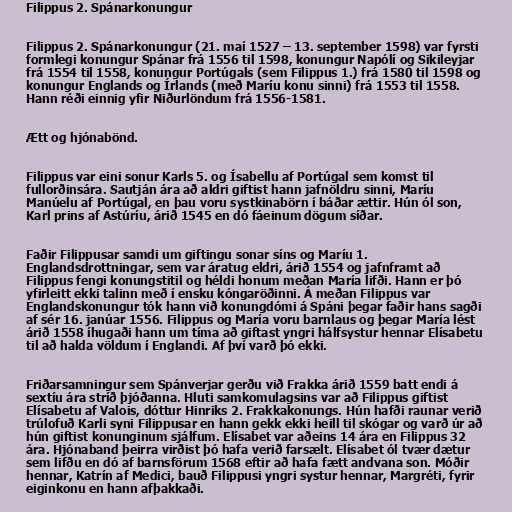
Filippus 2. Spánarkonungur

Filippus 2. Spánarkonungur (21. maí 1527 – 13. september 1598) var fyrsti
formlegi konungur Spánar frá 1556 til 1598, konungur Napólí og Sikileyjar
frá 1554 til 1558, konungur Portúgals (sem Filippus 1.) frá 1580 til 1598 og
konungur Englands og Írlands (með Maríu konu sinni) frá 1553 til 1558.
Hann réði einnig yfir Niðurlöndum frá 1556-1581.

Ætt og hjónabönd.

Filippus var eini sonur Karls 5. og Ísabellu af Portúgal sem komst til
fullorðinsára. Sautján ára að aldri giftist hann jafnöldru sinni, Maríu
Manúelu af Portúgal, en þau voru systkinabörn í báðar ættir. Hún ól son,
Karl prins af Astúríu, árið 1545 en dó fáeinum dögum síðar.

Faðir Filippusar samdi um giftingu sonar síns og Maríu 1.
Englandsdrottningar, sem var áratug eldri, árið 1554 og jafnframt að
Filippus fengi konungstitil og héldi honum meðan María lifði. Hann er þó
yfirleitt ekki talinn með í ensku kóngaröðinni. Á meðan Filippus var
Englandskonungur tók hann við konungdómi á Spáni þegar faðir hans sagði
af sér 16. janúar 1556. Filippus og María voru barnlaus og þegar María lést
árið 1558 íhugaði hann um tíma að giftast yngri hálfsystur hennar Elísabetu
til að halda völdum í Englandi. Af því varð þó ekki.

Friðarsamningur sem Spánverjar gerðu við Frakka árið 1559 batt endi á
sextíu ára stríð þjóðanna. Hluti samkomulagsins var að Filippus giftist
Elísabetu af Valois, dóttur Hinriks 2. Frakkakonungs. Hún hafði raunar verið
trúlofuð Karli syni Filippusar en hann gekk ekki heill til skógar og varð úr að
hún giftist konunginum sjálfum. Elísabet var aðeins 14 ára en Filippus 32
ára. Hjónaband þeirra virðist þó hafa verið farsælt. Elísabet ól tvær dætur
sem lifðu en dó af barnsförum 1568 eftir að hafa fætt andvana son. Móðir
hennar, Katrín af Medici, bauð Filippusi yngri systur hennar, Margréti, fyrir
eiginkonu en hann afþakkaði.